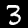
Label: 3